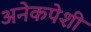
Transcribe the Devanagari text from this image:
अनेकपेशी